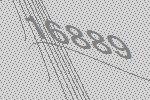
16889